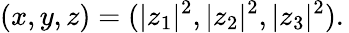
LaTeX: (x,y,z)=(|z_{1}|^{2},|z_{2}|^{2},|z_{3}|^{2}).\,